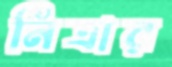
নিত্রার